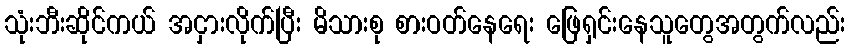
သုံးဘီးဆိုင်ကယ် အငှားလိုက်ပြီး မိသားစု စားဝတ်နေရေး ဖြေရှင်းနေသူတွေအတွက်လည်း